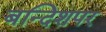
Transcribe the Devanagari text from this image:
बन्दिशपर